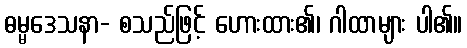
ဓမ္မဒေသနာ- စသည်ဖြင့် ဟေားထား၏၊ ဂါထာများ ပါ၏။